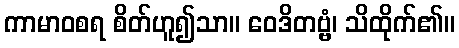
ကာမာဝစရ စိတ်ဟူ၍သာ။ ဝေဒိတဗ္ဗံ၊ သိထိုက်၏။